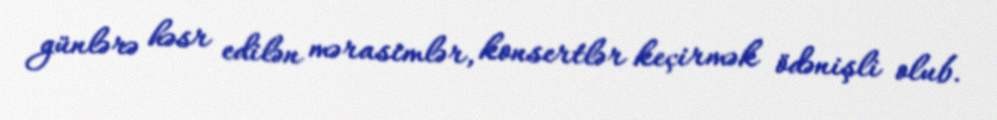
günlərə həsr edilən mərasimlər, konsertlər keçirmək ödənişli olub.